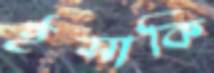
ইসাকি